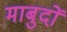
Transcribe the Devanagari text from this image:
माबुदों